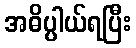
အဓိပ္ပါယ်ရပြီး